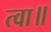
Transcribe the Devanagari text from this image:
त्वा॥